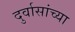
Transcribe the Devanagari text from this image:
दुर्वासांच्या